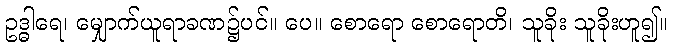
ဥဒ္ဓါရေ၊ မျှောက်ယူရာခဏ၌ပင်။ ပေ။ စောရော စောရောတိ၊ သူခိုး သူခိုးဟူ၍။